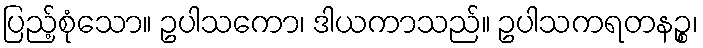
ပြည့်စုံသော။ ဥပါသကော၊ ဒါယကာသည်။ ဥပါသကရတနဉ္စ၊